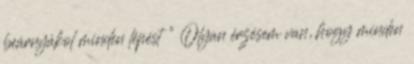
beárnyákol minden lépést ” Olyan érzésem van, hogy minden